Source: Handwritten
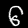
Digit: ၆ (6)